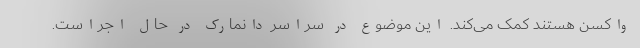
واکسن هستند کمک می‌کند. این موضوع در سراسر دانمارک در حال اجراست.